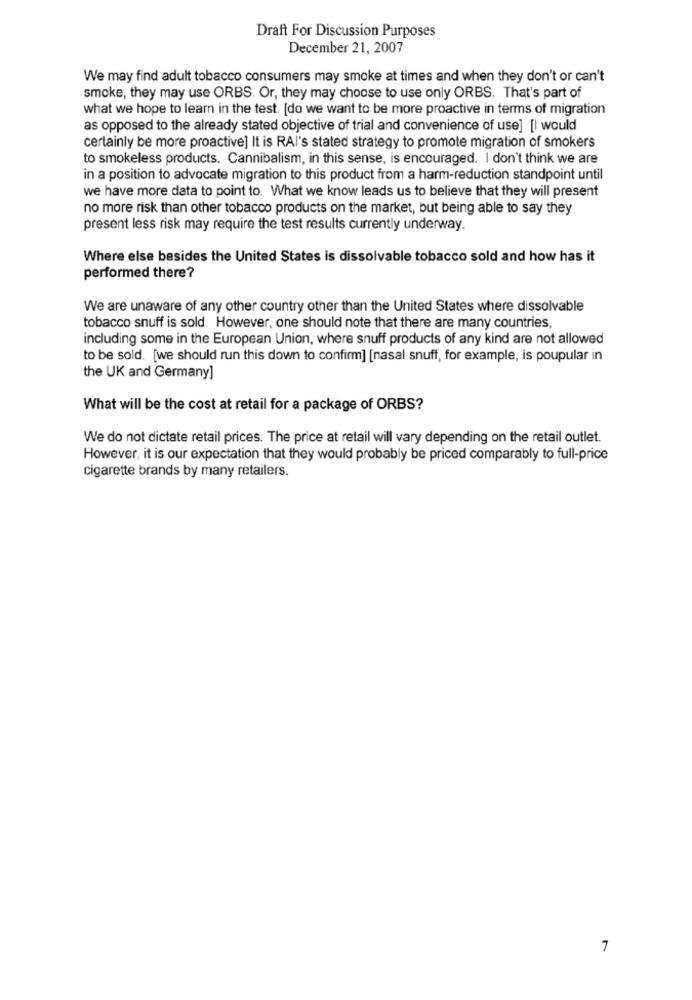
Draft For Discussion Purposes
December 21, 2007
We may find adult tobacco consumers may smoke at times and when they don't or can't
smoke, they may use ORBS. Or, they may choose to use only ORBS. That's part of
what we hope to learn in the test. [do we want to be more proactive in terms of migration
as opposed to the already stated objective of trial and convenience of use] [I would
certainly be more proactive] It is RAI's stated strategy to promote migration of smokers
to smokeless products. Cannibalism, in this sense, is encouraged. I don't think we are
in a position to advocate migration to this product from a harm-reduction standpoint until
we have more data to point to. What we know leads us to believe that they will present
no more risk than other tobacco products on the market, but being able to say they
present less risk may require the test results currently underway.
Where else besides the United States is dissolvable tobacco sold and how has it
performed there?
We are unaware of any other country other than the United States where dissolvable
tobacco snuff is sold. However, one should note that there are many countries,
including some in the European Union, where snuff products of any kind are not allowed
to be sold. [we should run this down to confirm] [nasal snuff, for example, is poupular in
the UK and Germany]
What will be the cost at retail for a package of ORBS?
We do not dictate retail prices. The price at retail will vary depending on the retail outlet.
However, it is our expectation that they would probably be priced comparably to full-price
cigarette brands by many retailers.
7